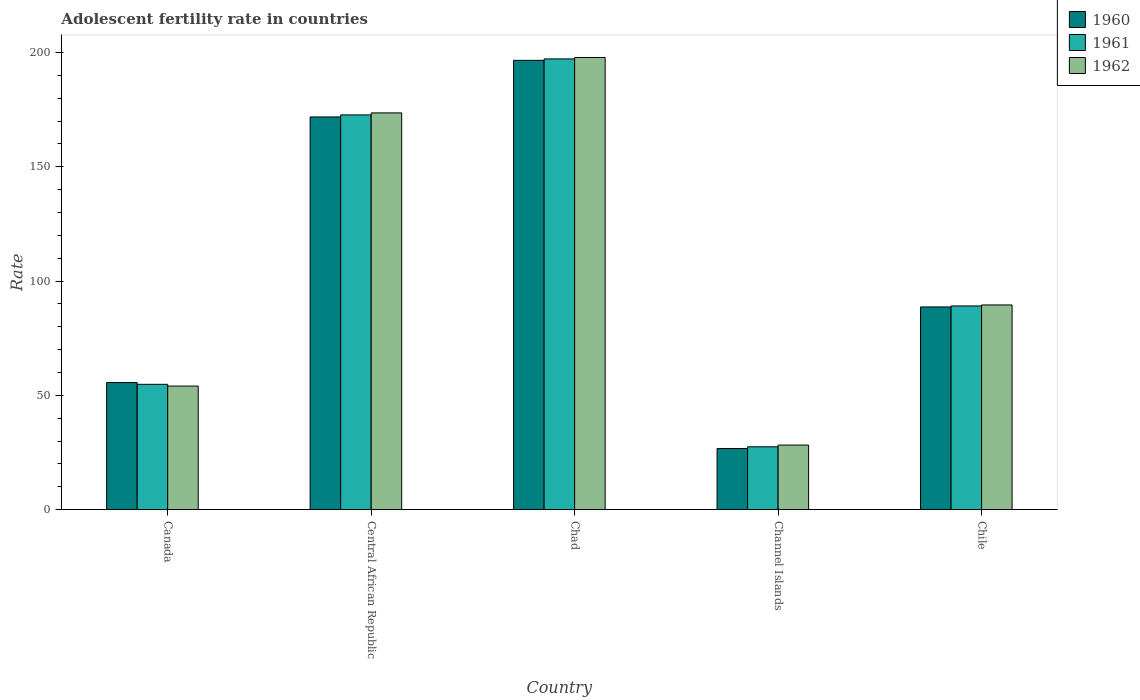
| Country | 1960 | 1961 | 1962 |
 | --- | --- | --- | --- |
 | Canada | 55.6 | 54.8 | 54.1 |
 | Central African Republic | 172 | 173 | 174 |
 | Chad | 197 | 197 | 198 |
 | Channel Islands | 26.8 | 27.5 | 28.3 |
 | Chile | 88.7 | 89.1 | 89.6 |